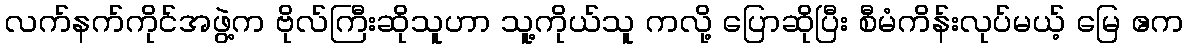
လက်နက်ကိုင်အဖွဲ့က ဗိုလ်ကြီးဆိုသူဟာ သူ့ကိုယ်သူ ကလို့ ပြောဆိုပြီး စီမံကိန်းလုပ်မယ့် မြေ ဧက